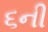
૬ની